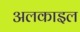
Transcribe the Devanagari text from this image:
अलकाइल